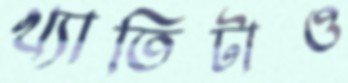
খ্যাতিটাও